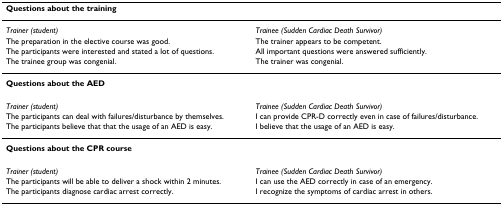
| Questions about the training |  |
 | --- | --- |
 | Trainer (student) | Trainee (Sudden Cardiac Death Survivor) |
 | The preparation in the elective course was good. | The trainer appears to be competent. |
 | The participants were interested and stated a lot of questions. | All important questions were answered sufficiently. |
 | The trainee group was congenial. | The trainer was congenial. |
 | Questions about the AED |  |
 | Trainer (student) | Trainee (Sudden Cardiac Death Survivor) |
 | The participants can deal with failures/disturbance by themselves. | I can provide CPR-D correctly even in case of failures/disturbance. |
 | The participants believe that that the usage of an AED is easy. | I believe that the usage of an AED is easy. |
 | Questions about the CPR course |  |
 | Trainer (student) | Trainee (Sudden Cardiac Death Survivor) |
 | The participants will be able to deliver a shock within 2 minutes. | I can use the AED correctly in case of an emergency. |
 | The participants diagnose cardiac arrest correctly. | I recognize the symptoms of cardiac arrest in others. |